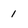
Character: 1